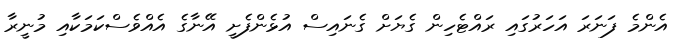
އެންމެ ފަނަރަ އަހަރުގައި ރައްޓެހިން ގެޔަށް ގެނައިސް އުޅެންފެށީ އޭނާގެ އެއްވެސްކަމަކާއި މުނީރާ